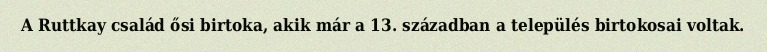
A Ruttkay család ősi birtoka, akik már a 13. században a település birtokosai voltak.